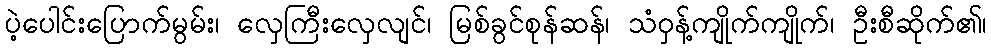
ပဲ့ပေါင်းပြောက်မွမ်း၊ လှေကြီးလှေလျင်၊ မြစ်ခွင်စုန်ဆန်၊ သံဝှန့်ကျိုက်ကျိုက်၊ ဦးစီဆိုက်၏၊